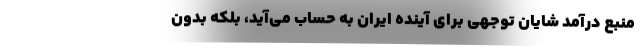
منبع درآمد شایان توجهی برای آینده ایران به حساب می‌آید، بلکه بدون